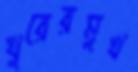
খুরেরমুখ